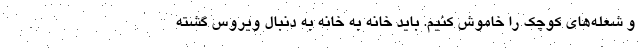
و شعله‌های کوچک را خاموش کنیم. باید خانه به خانه به دنبال ویروس گشته